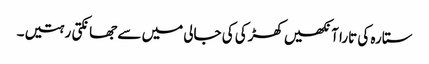
ستارہ کی تارا آنکھیں کھڑکی کی جالی میں سے جھانکتی رہتیں۔